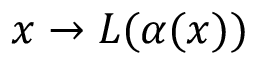
x \rightarrow L ( \alpha ( x ) )